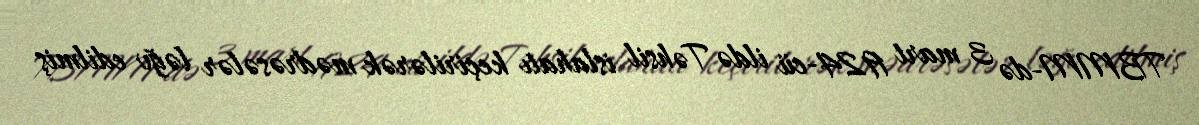
TBMM-də 3 mart 1924-cü ildə Təhsil islahatı keçirilərək mədrəsələr ləğv edilmiş